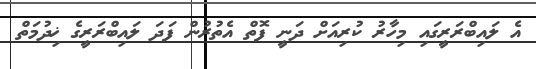
އެ ލައިބްރަރީގައި މިހާރު ކުރިއަށް ދަނީ ފޮތް އެތުރުން ފަދަ ލައިބްރަރީގެ ޚިދުމަތް